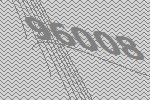
96008